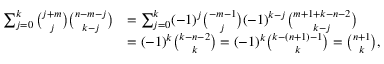
{ \begin{array} { r l } { \sum _ { j = 0 } ^ { k } { \binom { j + m } { j } } { \binom { n - m - j } { k - j } } } & { = \sum _ { j = 0 } ^ { k } ( - 1 ) ^ { j } { \binom { - m - 1 } { j } } ( - 1 ) ^ { k - j } { \binom { m + 1 + k - n - 2 } { k - j } } } \\ & { = ( - 1 ) ^ { k } { \binom { k - n - 2 } { k } } = ( - 1 ) ^ { k } { \binom { k - ( n + 1 ) - 1 } { k } } = { \binom { n + 1 } { k } } , } \end{array} }